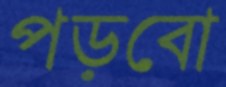
পড়বো